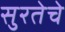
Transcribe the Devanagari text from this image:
सुरतेचे